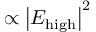
\propto \left| E _ { \mathrm { h i g h } } \right| ^ { 2 }